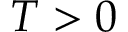
T > 0